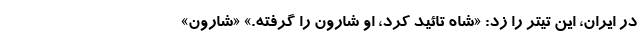
در ایران، این تیتر را زد: «شاه تائید کرد، او شارون را گرفته.» «شارون»